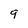
Character: 9